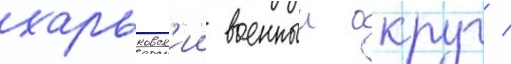
харьковск'ии военныи округ /